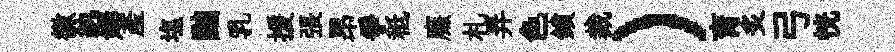
徽紈媾産塩黜乳援張昂爭秪㢘札弄色鎖裁）育炙弓恍